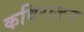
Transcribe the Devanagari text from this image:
कविराजन